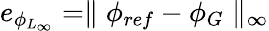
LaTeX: \begin{array}{r}{e_{\phi_{L_{\infty}}}=\parallel\phi_{ref}-\phi_{G}\parallel_{\infty}}\end{array}